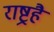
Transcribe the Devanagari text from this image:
राष्ट्रहै